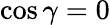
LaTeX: \cos\gamma=0